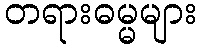
တရားဓမ္မများ